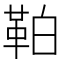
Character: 𩊀